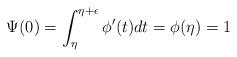
LaTeX: \begin{align*} \Psi(0) = \int_{\eta}^{\eta+\epsilon} \phi'(t) dt = \phi(\eta) =1\end{align*}